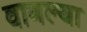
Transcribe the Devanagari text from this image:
वागल्या